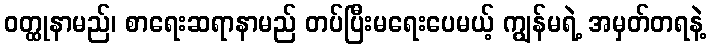
ဝတ္ထုနာမည်၊ စာရေးဆရာနာမည် တပ်ပြီးမရေးပေမယ့် ကျွန်မရဲ့ အမှတ်တရနဲ့